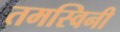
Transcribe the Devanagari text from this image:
तमस्विनी